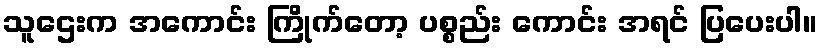
သူဌေးက အကောင်း ကြိုက်တော့ ပစ္စည်း ကောင်း အရင် ပြပေးပါ။